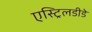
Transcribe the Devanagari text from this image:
एस्ट्रिलडीडे